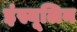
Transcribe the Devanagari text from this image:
इंस्यूलिन